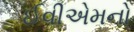
ઈવીએમનો